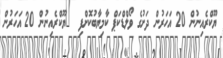
ޔޫކްރެއިނުން 20 އަހަރުން ދަށުގެ ވޯލްޑްކަޕް ކާމިޔާބުކޮށްފި  	ޔޫކްރެއިނުން 20 އަހަރުން